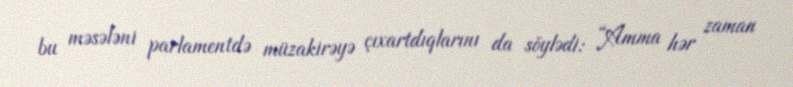
bu məsələni parlamentdə müzakirəyə çıxartdıqlarını da söylədi: “Amma hər zaman